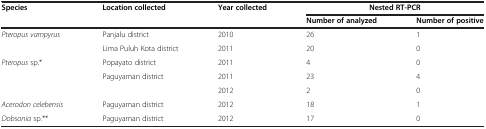
<table><thead><tr><td><b>Species</b></td><td><b>Location collected</b></td><td><b>Year collected</b></td><td colspan="2"><b>Nested RT-PCR</b></td></tr><tr><td><b> </b></td><td><b> </b></td><td><b> </b></td><td><b>Number of analyzed</b></td><td><b>Number of positive</b></td></tr></thead><tbody><tr><td><i>Pteropus vampyrus</i></td><td>Panjalu district</td><td>2010</td><td>26</td><td>1</td></tr><tr><td> </td><td>Lima Puluh Kota district</td><td>2011</td><td>20</td><td>0</td></tr><tr><td><i>Pteropus</i> sp.*</td><td>Popayato district</td><td>2011</td><td>4</td><td>0</td></tr><tr><td> </td><td>Paguyaman district</td><td>2011</td><td>23</td><td>4</td></tr><tr><td> </td><td> </td><td>2012</td><td>2</td><td>0</td></tr><tr><td><i>Acerodon celebensis</i></td><td>Paguyaman district</td><td>2012</td><td>18</td><td>1</td></tr><tr><td><i>Dobsonia</i> sp.**</td><td>Paguyaman district</td><td>2012</td><td>17</td><td>0</td></tr></tbody></table>